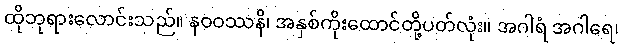
ထိုဘုရားလောင်းသည်။ နဝဝဿနိ၊ အနှစ်ကိုးထောင်တို့ပတ်လုံး။ အဂါရံ အဂါရေ၊